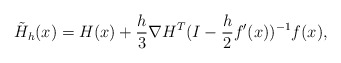
\begin{align*} \tilde{H}_h(x) = H(x) + \frac{h}{3} \nabla H^T (I-\frac{h}{2}f'(x))^{-1} f(x),\end{align*}